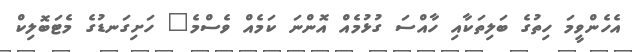
އެހެންވީމަ ހިތުގެ ބަލިތަކާއި ހާއްސަ ގުޅުމެއް އޮންނަ ކަމެއް ވެސްމެ" ހަށިގަނޑުގެ މެޓަބޮލިކް